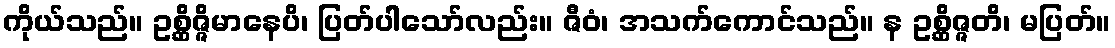
ကိုယ်သည်။ ဥစ္ဆိဇ္ဇိမာနေပိ၊ ပြတ်ပါသော်လည်း။ ဇီဝံ၊ အသက်ကောင်သည်။ န ဥစ္ဆိဇ္ဇတိ၊ မပြတ်။